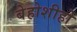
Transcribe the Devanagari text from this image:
बेहोशीहो